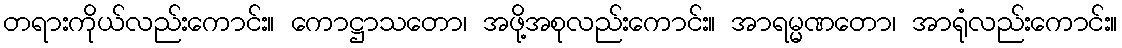
တရားကိုယ်လည်းကောင်း။ ကောဋ္ဌာသတော၊ အဖို့အစုလည်းကောင်း။ အာရမ္မဏတော၊ အာရုံလည်းကောင်း။